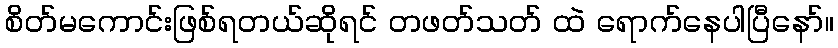
စိတ်မကောင်းဖြစ်ရတယ်ဆိုရင် တဖတ်သတ် ထဲ ရောက်နေပါပြီနော်။